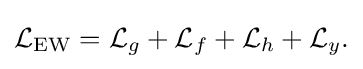
{\mathcal {L}}_{\mathrm {EW} }={\mathcal {L}}_{g}+{\mathcal {L}}_{f}+{\mathcal {L}}_{h}+{\mathcal {L}}_{y}.\,\!